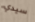
سيدي